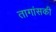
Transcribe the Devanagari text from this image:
तागांसकी